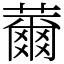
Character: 薾